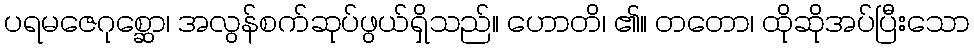
ပရမဇေဂုစ္ဆော၊ အလွန်စက်ဆုပ်ဖွယ်ရှိသည်။ ဟောတိ၊ ၏။ တတော၊ ထိုဆိုအပ်ပြီးသော